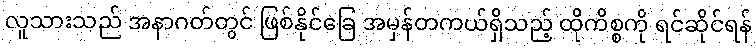
လူသားသည် အနာဂတ်တွင် ဖြစ်နိုင်ခြေ အမှန်တကယ်ရှိသည့် ထိုကိစ္စကို ရင်ဆိုင်ရန်